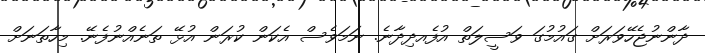
ދާންނުޖެހޭވަރަށް ގައުމުގަ ވަސީލަތް އުފެއދިދާނެ. ނަމަވެސް އެކަން ކުރަން އުޅޭ ތަނެއްނުފެނޭ. މިހާތަނަށް